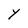
Character: Y